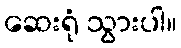
ဆေးရုံ သွားပါ။